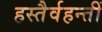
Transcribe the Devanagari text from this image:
हस्तैर्वहन्तीं